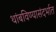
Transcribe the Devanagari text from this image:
थांबविण्यासंदर्भात